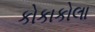
કોકાકોલા